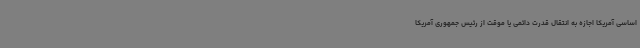
اساسی آمریکا اجازه به انتقال قدرت دائمی یا موقت از رئیس جمهوری آمریکا